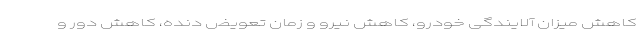
کاهش میزان آلایندگی خودرو، کاهش نیرو و زمان تعویض دنده، کاهش دور و